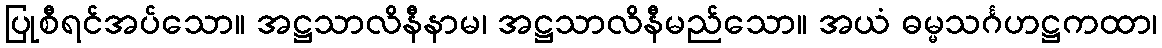
ပြုစီရင်အပ်သော။ အဋ္ဌသာလိနီနာမ၊ အဋ္ဌသာလိနီမည်သော။ အယံ ဓမ္မသင်္ဂဟဋ္ဌကထာ၊